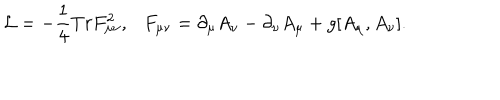
{ \cal L } = - \frac 1 4 T r F _ { \mu \nu } ^ { 2 } , \ \ \ F _ { \mu \nu } = \partial _ { \mu } A _ { \nu } - \partial _ { \nu } A _ { \mu } + g [ A _ { \mu } , A _ { \nu } ] .